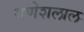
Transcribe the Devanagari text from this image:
गणेशलाल